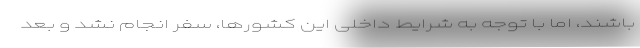
باشند، اما با توجه به شرایط داخلی این کشورها، سفر انجام نشد و بعد